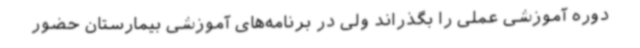
دوره آموزشی عملی را بگذراند ولی در برنامه‌های آموزشی بیمارستان حضور